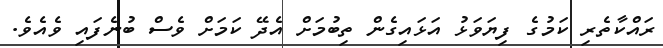
ރައްކާތެރި ކަމުގެ ފިޔަވަޅު އަޅައިގެން ތިބުމަށް އެދޭ ކަމަށް ވެސް ބުނެފައި ވެއެވެ.